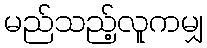
မည်သည့်လူကမျှ